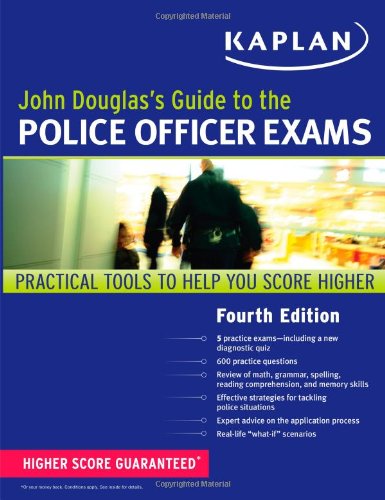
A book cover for John Douglas's Guide to the Police Officer Exams (Kaplan Test Prep); John Douglas; Test Preparation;